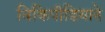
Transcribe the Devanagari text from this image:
विकिपीडियाने